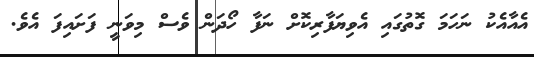
އެއާއެކު ނަހަމަ ގޮތުގައި އެވިޔަފާރިކޮށް ނަފާ ހޯދަން ވެސް މިވަނީ ފަށައިފަ އެވެ.